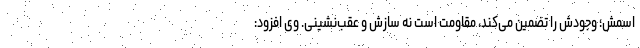
اسمش؛ وجودش را تضمین می‌کند، مقاومت است نه سازش و عقب‌نشینی. وی افزود: